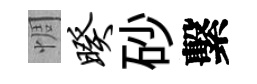
惆暌砂繫